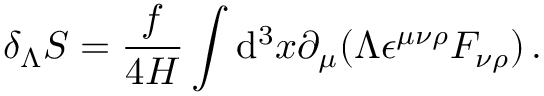
\delta _ { \Lambda } S = \frac { f } { 4 H } \int \ensuremath { \operatorname { d } \! { } ^ { 3 } x \partial _ { \mu } } ( \Lambda \epsilon ^ { \mu \nu \rho } { F _ { \nu \rho } } ) \, .